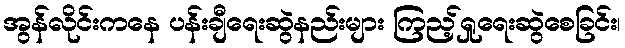
အွန်လိုင်းကနေ ပန်းချီရေးဆွဲနည်းများ ကြည့်ရှုရေးဆွဲစေခြင်း၊